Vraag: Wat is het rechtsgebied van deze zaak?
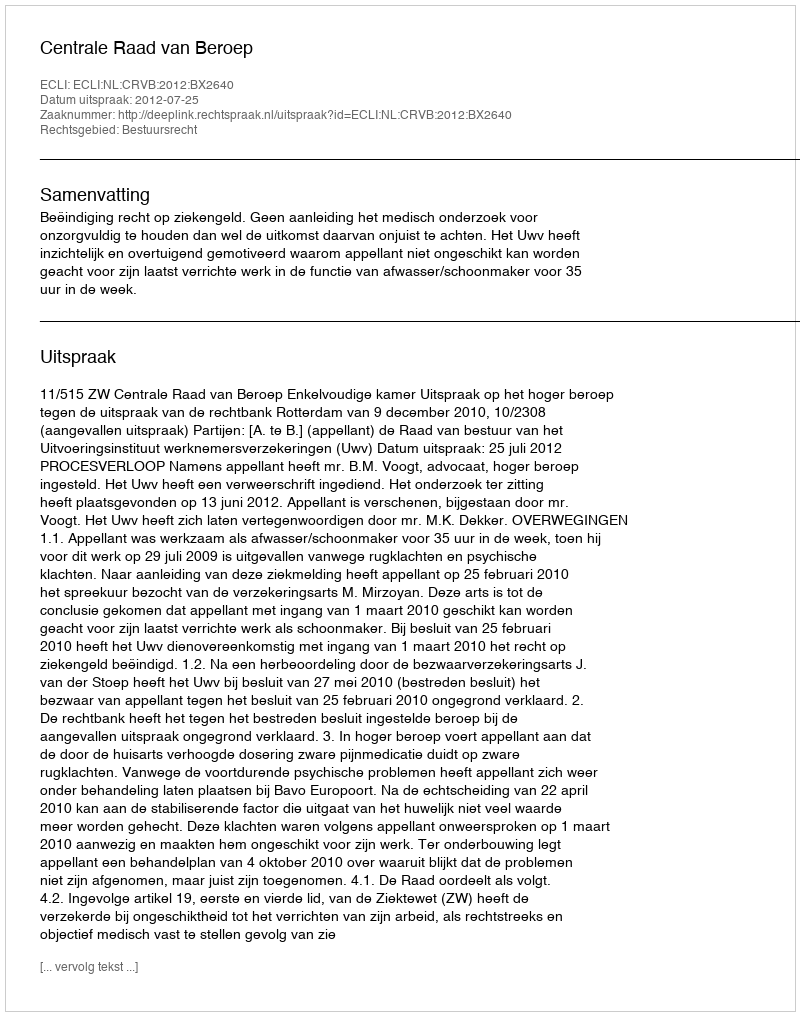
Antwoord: Bestuursrecht